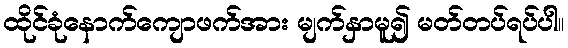
ထိုင်ခုံနောက်ကျောဖက်အား မျက်နှာမူ၍ မတ်တပ်ရပ်ပါ။